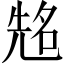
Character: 𠸜